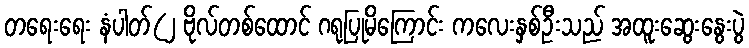
တရေးရေး နံပါတ်(၂ ဗိုလ်တစ်ထောင် ဂရုပြုမိကြောင်း ကလေးနှစ်ဦးသည် အထူးဆွေးနွေးပွဲ